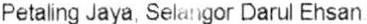
PETALING JAYA, SELANGOR DARUL EHSAN.